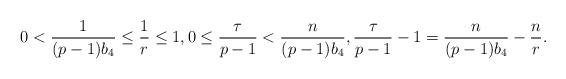
LaTeX: \begin{align*}0<\frac1{(p-1)b_4}\leq \frac1r\leq 1, 0\leq \frac{\tau}{p-1}<\frac{n}{(p-1)b_4}, \frac{\tau}{p-1}-1=\frac{n}{(p-1)b_4}-\frac{n}{r}.\end{align*}